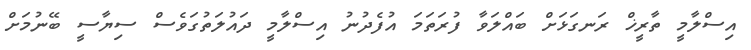
އިސްލާމީ ތާރީޚް ރަނގަޅަށް ބައްލަވާ ފުރަތަމަ އުފެދުނު އިސްލާމީ ދައުލަތުގަވެސް ސިޔާސީ ބޭނުމަށް